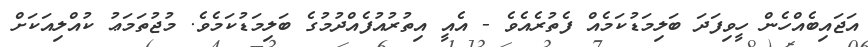
އަޖައިބެއްހެން ހީވިފަދަ ބަލިމަޑުކަމެއް ފެތުރެއެވެ - އެއީ އިތުރުއުފެއްދުމުގެ ބަލިމަޑުކަމެވެ. މުޖުތަމަޢު ކުއްލިއަކަށް